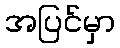
အပြင်မှာ